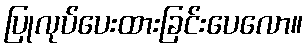
ပြုလုပ်ပေးထားခြင်းပေလော။